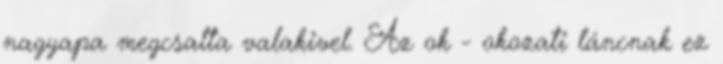
nagyapa megcsalta valakivel. Az ok - okozati láncnak ez